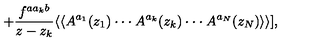
+ { \frac { f ^ { a a _ { k } b } } { z - z _ { k } } } \langle \langle A ^ { a _ { 1 } } ( z _ { 1 } ) \cdot \cdot \cdot A ^ { a _ { k } } ( z _ { k } ) \cdot \cdot \cdot A ^ { a _ { N } } ( z _ { N } ) \rangle \rangle ] ,